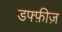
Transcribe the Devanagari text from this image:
डफ्फ़ीज़